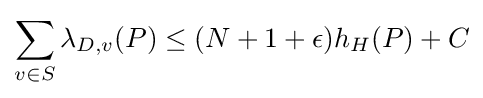
\sum _{v\in S}\lambda _{D,v}(P)\leq (N+1+\epsilon )h_{H}(P)+C